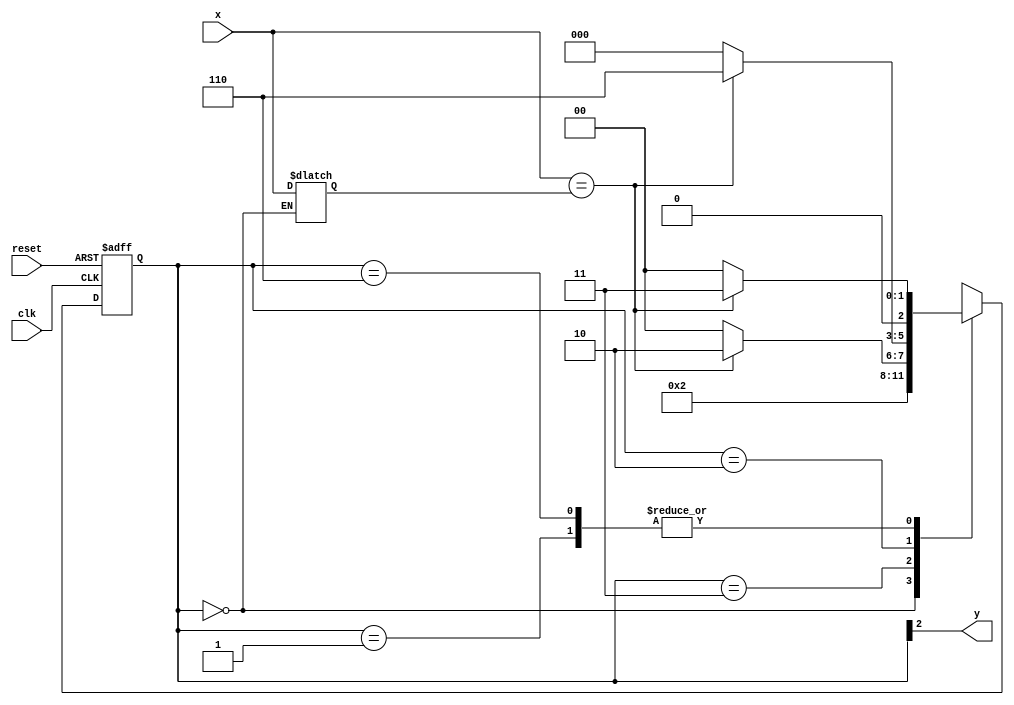
// Exemplo0056 - EXTRA 
// Aluno: Julio Machado

// -------------- 
// --- Moore FSM 
// -------------- 

// constant definition 
`define found 1 
`define notfound 0 

// FSM by Moore 
module moorexxxx ( y, x, clk, reset ); 
output y; 
input x; 
input clk; 
input reset; 
reg y; 
reg z;
parameter // state identifiers 

start = 3'b000, 
id1 = 3'b001, 
id11 = 3'b011, 
id110 = 3'b010, 
id1101 = 3'b110; // signal found 

reg [2:0] E1; // current state variables 
reg [2:0] E2; // next state logic output 

// next state logic 
always @( x or E1 ) 
	begin 
	case( E1 ) 
	start:   
	begin
     E2 = id1; 
	  z = x;
	 end
	id1: 
		if ( x == z ) 
			E2 = id11; 
		else 
		   E2 = start; 
	id11: 
		if ( x == z ) 
			E2 = id110; 
		else 
			E2 = start; 
	id110: 
		if ( x == z ) 
			E2 = id1101; 
		else 
			E2 = start; 
	id1101: 
		if ( x == z ) 
			E2 = id11; 
		else
			E2 = start;
default: // undefined statee 
E2 = 3'bxxx; 
endcase 
end // always at signal or state changing 

// state variables 
always @( posedge clk or negedge reset ) 
begin 
if ( reset ) 
E1 = E2; // updates current state 
else 
E1 = 0; // reset 
end // always at signal changing 

// output logic 
always @( E1 ) 
begin 
y = E1[2]; // first bit of state value 

end // always at state changing 

endmodule // moorexxxx